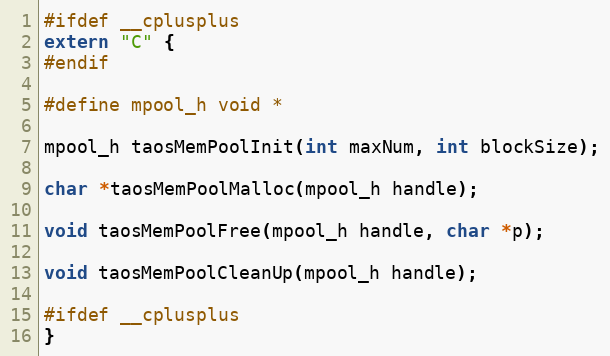
Language: C
#ifdef __cplusplus
extern "C" {
#endif

#define mpool_h void *

mpool_h taosMemPoolInit(int maxNum, int blockSize);

char *taosMemPoolMalloc(mpool_h handle);

void taosMemPoolFree(mpool_h handle, char *p);

void taosMemPoolCleanUp(mpool_h handle);

#ifdef __cplusplus
}